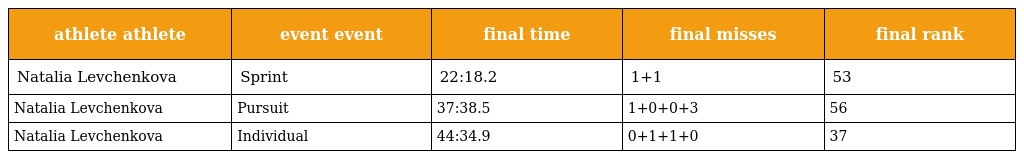
| athlete athlete | event event | final time | final misses | final rank |
 | --- | --- | --- | --- | --- |
 | Natalia Levchenkova | Sprint | 22:18.2 | 1+1 | 53 |
 | Natalia Levchenkova | Pursuit | 37:38.5 | 1+0+0+3 | 56 |
 | Natalia Levchenkova | Individual | 44:34.9 | 0+1+1+0 | 37 |